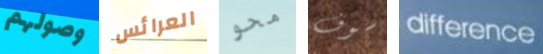
وصولهم العرائس محو سوف difference